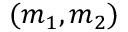
( m _ { 1 } , m _ { 2 } )